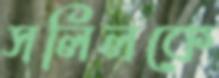
সলিলকে